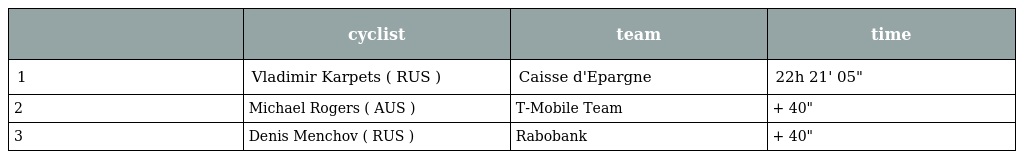
|  | cyclist | team | time |
 | --- | --- | --- | --- |
 | 1 | Vladimir Karpets ( RUS ) | Caisse d'Epargne | 22h 21' 05" |
 | 2 | Michael Rogers ( AUS ) | T-Mobile Team | + 40" |
 | 3 | Denis Menchov ( RUS ) | Rabobank | + 40" |